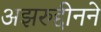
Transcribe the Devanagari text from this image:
अझरुद्दीनने